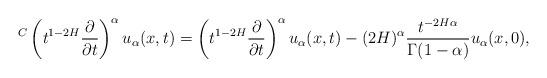
LaTeX: \begin{align*}{}^C\left(t^{1-2H}\frac{\partial}{\partial t}\right)^{\alpha} u_{\alpha}(x,t)=\left(t^{1-2H}\frac{\partial}{\partial t}\right)^{\alpha}u_{\alpha}(x,t)-(2H)^{\alpha}\frac{t^{-2H\alpha}}{\Gamma(1-\alpha)}u_{\alpha}(x,0),\end{align*}